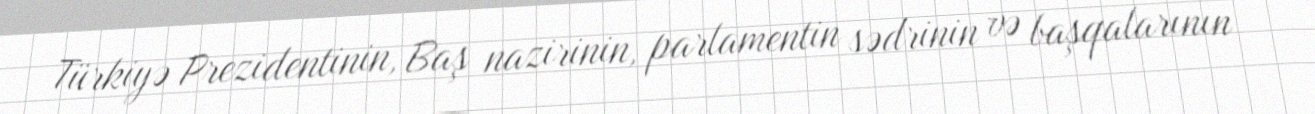
Türkiyə Prezidentinin, Baş nazirinin, parlamentin sədrinin və başqalarının